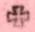
+